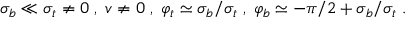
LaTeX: \sigma _ { b } \ll \sigma _ { t } \neq 0 \; , \; v \neq 0 \; , \; \varphi _ { t } \simeq \sigma _ { b } / \sigma _ { t } \; , \; \varphi _ { b } \simeq - \pi / 2 + \sigma _ { b } / \sigma _ { t } \; .